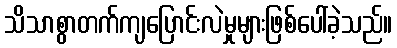
သိသာစွာတက်ကျပြောင်းလဲမှုများဖြစ်ပေါ်ခဲ့သည်။